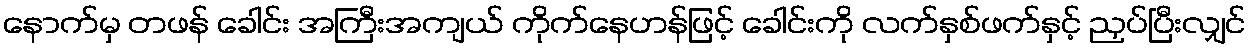
နောက်မှ တဖန် ခေါင်း အကြီးအကျယ် ကိုက်နေဟန်ဖြင့် ခေါင်းကို လက်နှစ်ဖက်နှင့် ညှပ်ပြီးလျှင်